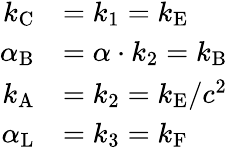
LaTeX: {\begin{array}{rl}{k_{\mathrm{{C}}}}&{=k_{1}=k_{\mathrm{{E}}}}\\ {\alpha_{\mathrm{{B}}}}&{=\alpha\cdot k_{2}=k_{\mathrm{{B}}}}\\ {k_{\mathrm{{A}}}}&{=k_{2}=k_{\mathrm{{E}}}/c^{2}}\\ {\alpha_{\mathrm{{L}}}}&{=k_{3}=k_{\mathrm{{F}}}}\end{array}}